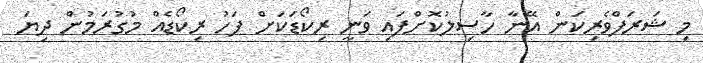
މި ޝަރަފްވެރިކަން އޭނާ ހާސިލުކޮށްފައި ވަނީ ރިކޯޑަކަށް ފަހު ރިކޯޑެއް މުގުރަމުން ދިޔަ